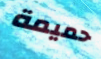
حميمة